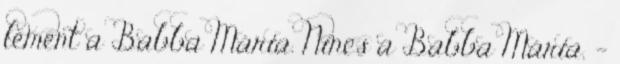
lement a Babba Mária. Nincs a Babba Mária. -